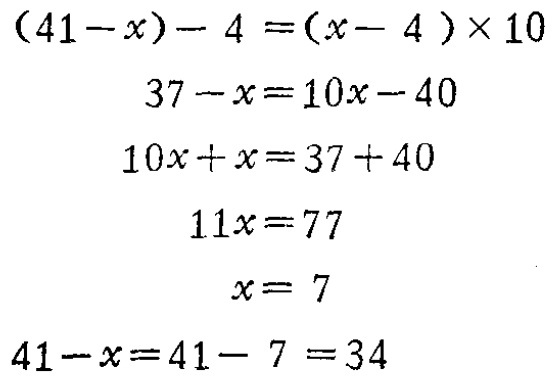
\[

\begin{align*}

(41 - x)-4&=(x - 4)\times10\\

37 - x&=10x-40\\

10x + x&=37 + 40\\

11x&=77\\

x&=7\\

41 - x&=41-7 = 34

\end{align*}

\]